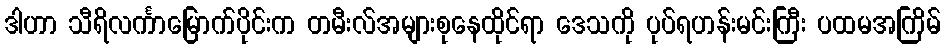
ဒါဟာ သီရိလင်္ကာမြောက်ပိုင်းက တမီးလ်အများစုနေထိုင်ရာ ဒေသကို ပုပ်ရဟန်းမင်းကြီး ပထမအကြိမ်